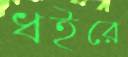
ধইরে